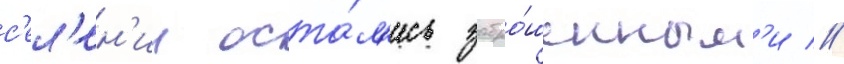
с'ел'ен'ии оста́л'ись забро́шенным'и //